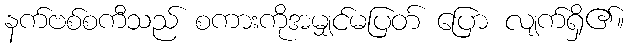
နက်ဗစ်စကီသည် စကားကိုအမျှင်မပြတ် ပြော လျက်ရှိ၏။